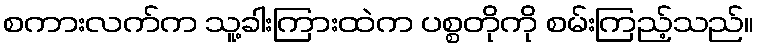
စကားလက်က သူ့ခါးကြားထဲက ပစ္စတိုကို စမ်းကြည့်သည်။